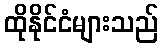
ထိုနိုင်ငံများသည်